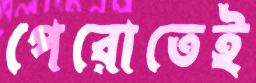
পেরোতেই